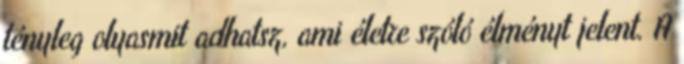
tényleg olyasmit adhatsz, ami életre szóló élményt jelent. A